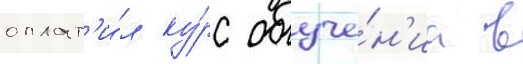
оплат'и́л ку́рс обуче́н'иа в